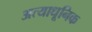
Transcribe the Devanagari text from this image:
अत्याधूनिक